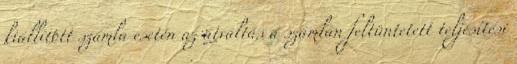
kiállított számla esetén az átváltás a számlán feltüntetett teljesítési